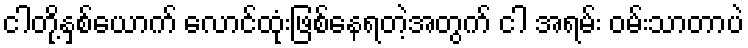
ငါတို့နှစ်ယောက် လောင်ထုံးဖြစ်နေရတဲ့အတွက် ငါ အရမ်း ဝမ်းသာတာပဲ